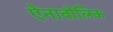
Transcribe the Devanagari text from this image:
ऐनाबोलिक